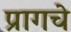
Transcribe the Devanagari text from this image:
प्रागचे